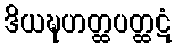
ဒိယဍ္ဎဟတ္ထပတ္ထဋံ